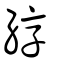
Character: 綧